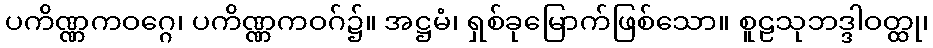
ပကိဏ္ဏကဝဂ္ဂေ၊ ပကိဏ္ဏကဝဂ်၌။ အဋ္ဌမံ၊ ရှစ်ခုမြောက်ဖြစ်သော။ စူဠသုဘဒ္ဒါဝတ္ထု၊